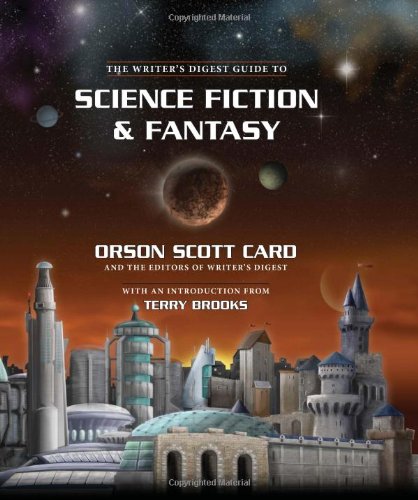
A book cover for The Writer's Digest Guide to Science Fiction & Fantasy (Writers Digest Guides); Orson Scott Card; Science Fiction & Fantasy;